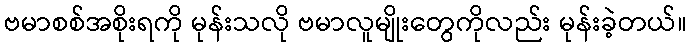
ဗမာစစ်အစိုးရကို မုန်းသလို ဗမာလူမျိုးတွေကိုလည်း မုန်းခဲ့တယ်။